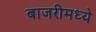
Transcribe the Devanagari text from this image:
बाजरीमध्ये